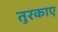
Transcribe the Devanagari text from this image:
तुरकाए